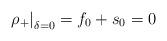
LaTeX: \begin{align*}\left. \rho _+\right|_{\delta =0} = f_0 + s_0 = 0 \end{align*}